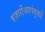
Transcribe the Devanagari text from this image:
हज़ारोंआगंतुकों